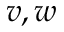
v , w